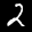
Label: 2